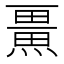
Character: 𭻨